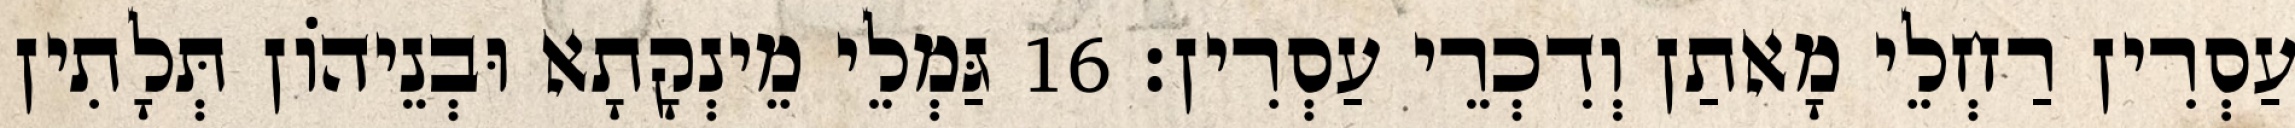
עַסְרִין רַחְלֵי מָאתַן וְדִכְרֵי עַסְרִין׃ 16 גַּמְלֵי מֵינְקָתָא וּבְנֵיהוֹן תְּלָתִין